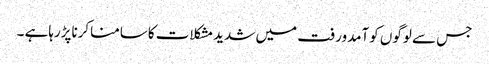
جس سے لوگوں کوآمدورفت میں شدیدمشکلات کاسامناکرناپڑرہاہے ۔